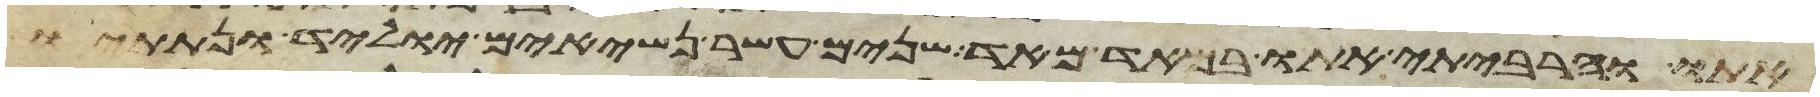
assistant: אתו והרביתי אתו במאד מאד שנים עשר נשיאים יוליד ונתתיו